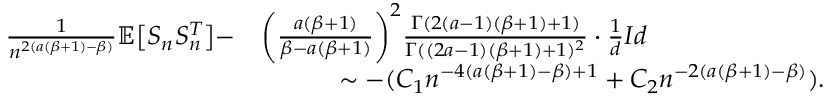
\begin{array} { r l } { \frac { 1 } { n ^ { 2 ( a ( \beta + 1 ) - \beta ) } } \mathbb { E } \big [ S _ { n } S _ { n } ^ { T } \big ] - } & { \bigg ( \frac { a ( \beta + 1 ) } { \beta - a ( \beta + 1 ) } \bigg ) ^ { 2 } \frac { \Gamma ( 2 ( a - 1 ) ( \beta + 1 ) + 1 ) } { \Gamma ( ( 2 a - 1 ) ( \beta + 1 ) + 1 ) ^ { 2 } } \cdot \frac { 1 } { d } I d } \\ & { \quad \quad \quad \sim - ( C _ { 1 } n ^ { - 4 ( a ( \beta + 1 ) - \beta ) + 1 } + C _ { 2 } n ^ { - 2 ( a ( \beta + 1 ) - \beta ) } ) . } \end{array}